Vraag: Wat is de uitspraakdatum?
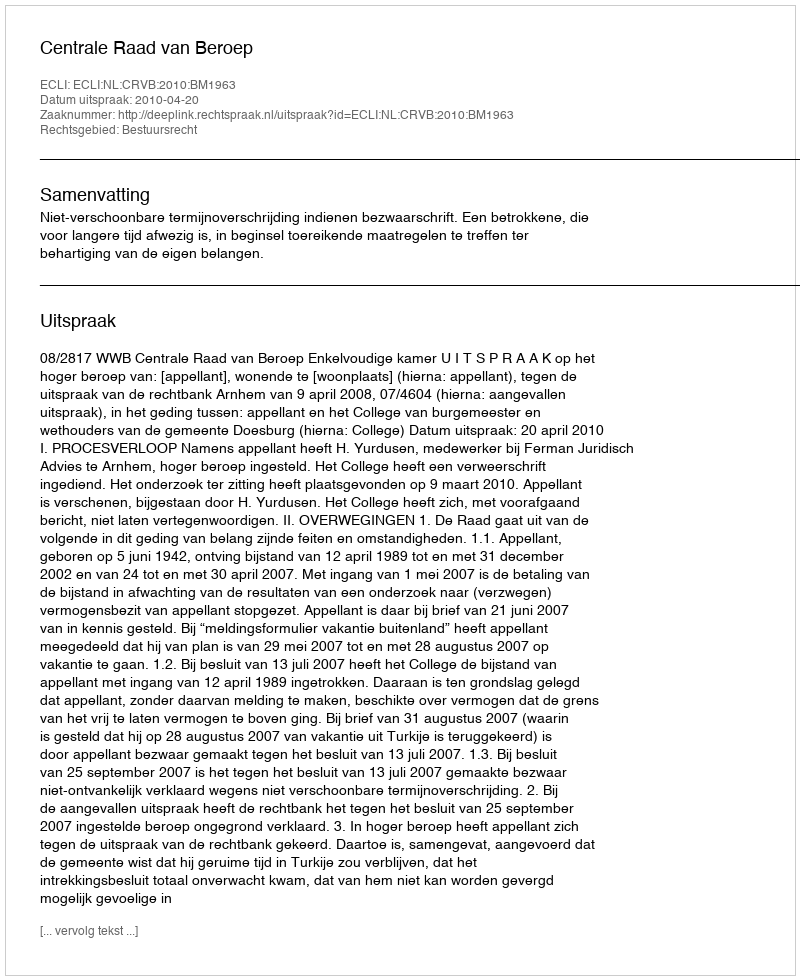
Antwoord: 2010-04-20